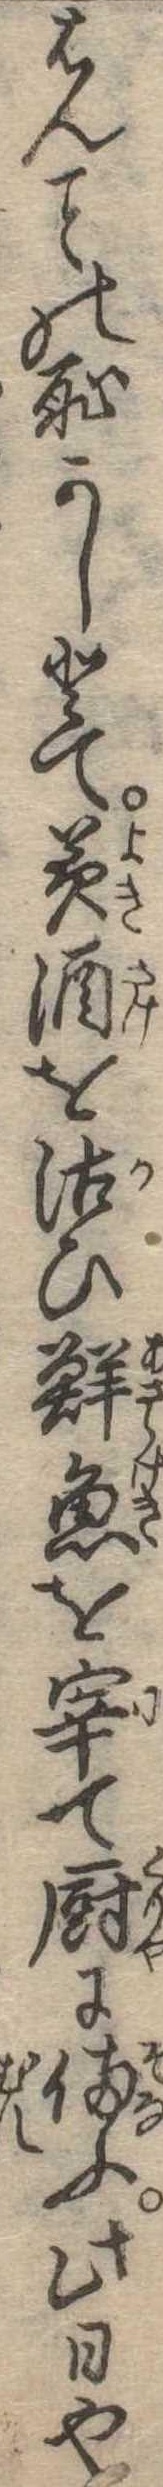
はんの恥かしとて美酒を沽ひ鮮魚を宰て厨に備ふ此日や